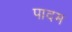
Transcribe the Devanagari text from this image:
पादम